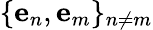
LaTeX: \{ \mathbf{e}_{n},\mathbf{e}_{m}\} _{n\neq m}